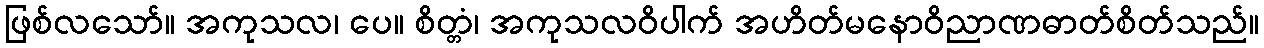
ဖြစ်လသော်။ အကုသလ၊ ပေ။ စိတ္တံ၊ အကုသလဝိပါက် အဟိတ်မနောဝိညာဏဓာတ်စိတ်သည်။